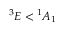
{ } ^ { 3 } E < { } ^ { 1 } A _ { 1 }